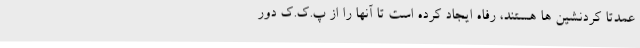
عمدتا کردنشین ها هستند، رفاه ایجاد کرده است تا آنها را از پ.ک.ک دور